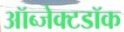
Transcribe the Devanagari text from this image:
ऑब्जेक्टडॉक